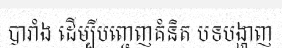
បារាំង ដើម្បីបញ្ចេញគំនិត បទបង្ហាញ